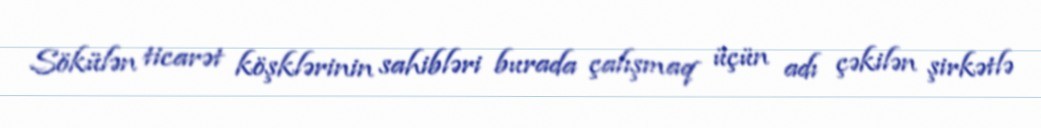
Sökülən ticarət köşklərinin sahibləri burada çalışmaq üçün adı çəkilən şirkətlə